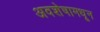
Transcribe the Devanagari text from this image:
अवशेषामधून